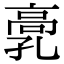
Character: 𩫂